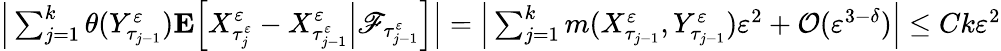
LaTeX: \begin{array}{r}{\Big|\sum_{j=1}^{k}\theta(Y_{\tau_{j-1}}^{\varepsilon})\mathbf{E}\Big[X_{\tau_{j}^{\varepsilon}}^{\varepsilon}-X_{\tau_{j-1}^{\varepsilon}}^{\varepsilon}\Big|\mathscr{F}_{\tau_{j-1}^{\varepsilon}}\Big]\Big|=\Big|\sum_{j=1}^{k}m(X_{\tau_{j-1}}^{\varepsilon},Y_{\tau_{j-1}}^{\varepsilon})\varepsilon^{2}+\mathcal O(\varepsilon^{3-\delta})\Big|\leq Ck\varepsilon^{2}}\end{array}